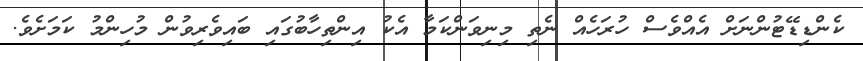
ކެންޑިޑޭޓުންނަށް އެއްވެސް ހުރަހެއް ނެތި މިނިވަންކަމާ އެކު އިންތިހާބުގައި ބައިވެރިވުން މުހިންމު ކަމަށެވެ.